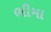
ભીમા